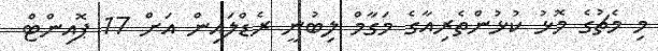
މި މެޗުގެ މޮޅު ކުޅުންތެރިއާގެ މަގާމް ލިބުނީ ރެޑްލައިން އަށް 17 ޕޮއިންޓް